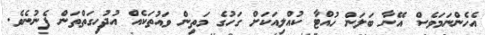
އެހެންނަމަވެސް އޭނާ ބަލަން ހުއްޓާ ކުއްލިއަކަށް ގަހުގެ މަތިން ވައުތަކެއް އުދުހިގަތްތަން ފެނުނެވެ.